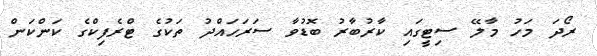
ރޯދަ މަހު މާލޭ ސިޓީގައި ކާރުބާރު ބޮޑުވާ ސަރަހައްދު ތަކުގެ ޓްރެފިކްގެ ކަންކަން